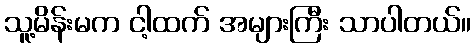
သူ့မိန်းမက ငါ့ထက် အများကြီး သာပါတယ်။